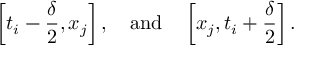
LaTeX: \left[ t _ { i } - { \frac { \delta } { 2 } } , x _ { j } \right] , \quad { \mathrm { a n d } } \quad \left[ x _ { j } , t _ { i } + { \frac { \delta } { 2 } } \right] .